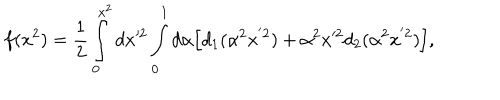
f ( x ^ { 2 } ) = \frac { 1 } { 2 } \int _ { 0 } ^ { x ^ { 2 } } d x { ' ^ { 2 } } \int _ { 0 } ^ { 1 } d \alpha \Big [ d _ { 1 } ( \alpha ^ { 2 } x ^ { ' 2 } ) + \alpha ^ { 2 } x { ' ^ { 2 } } d _ { 2 } ( \alpha ^ { 2 } x ^ { ' 2 } ) \Big ] ,